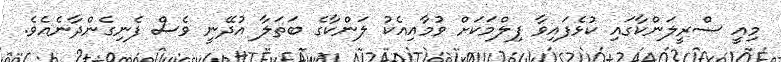
މިއީ ސްރީލަންކާގައި ކުޅެފައިވާ ފިލްމަކަށް ވުމާއިއެކު ލަންކާގެ ބަތަލާ އުދޭނީ ވެސް ފެނިގެންދާނެއެވެ.